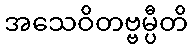
အသေဝိတဗ္ဗမ္ပီတိ